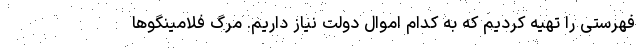
فهرستی را تهیه کردیم که به کدام اموال دولت نیاز داریم. مرگ فلامینگوها